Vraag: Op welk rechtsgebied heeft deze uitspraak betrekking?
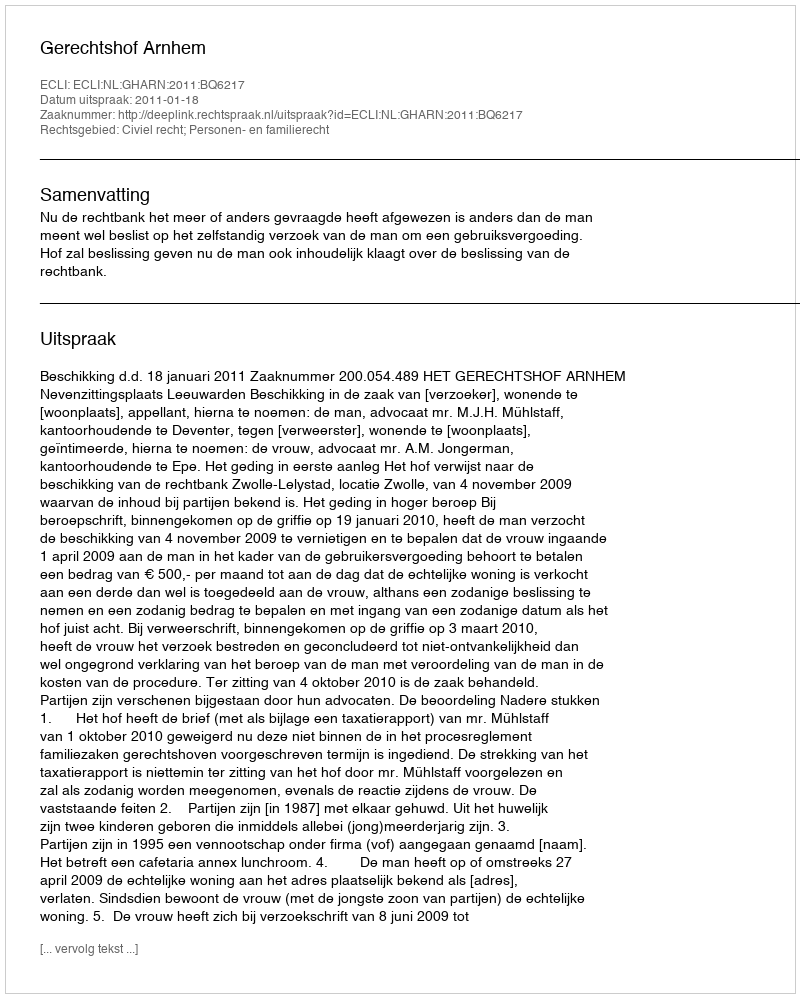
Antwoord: Civiel recht; Personen- en familierecht